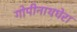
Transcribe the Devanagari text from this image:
गोपीनाथघेरा